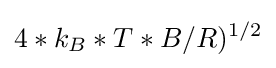
4*k_{B}*T*B/R)^{1/2}